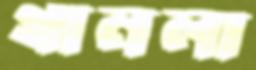
থানলা